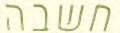
חשבה